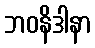
ဘဝနိဒါနာ